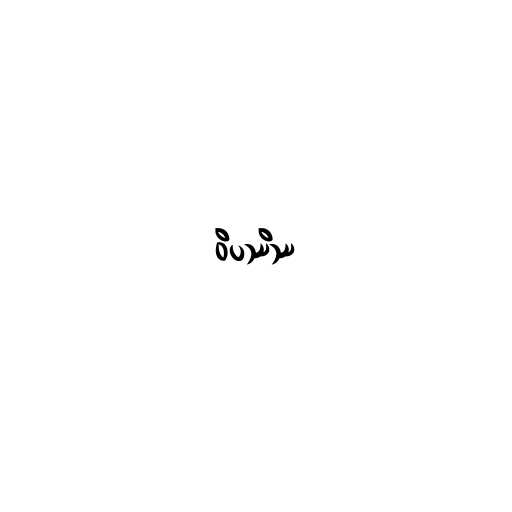
ဝိပဿိဿ